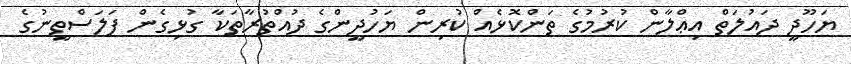
ޔަހޫދީ ދައުލަތް އިޢްލާން ކުރުމުގެ ތަންކޮޅެއް ކުރިން ޔަހުދީންގެ ދުއްތުރާތަކާ ގުޅިގެން ފަލަސްތީނުގެ